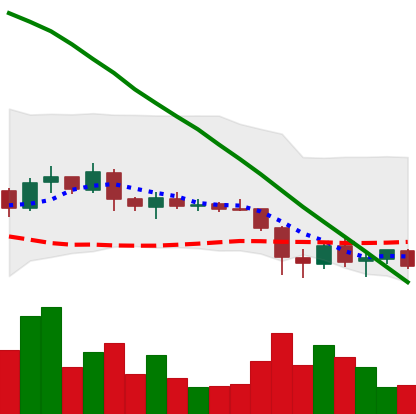
Ticker: ADA-USD
Chart end date: 2019-02-03
Forward return: 7.158%
Label: up_7plus